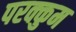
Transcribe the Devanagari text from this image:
परक्कुम